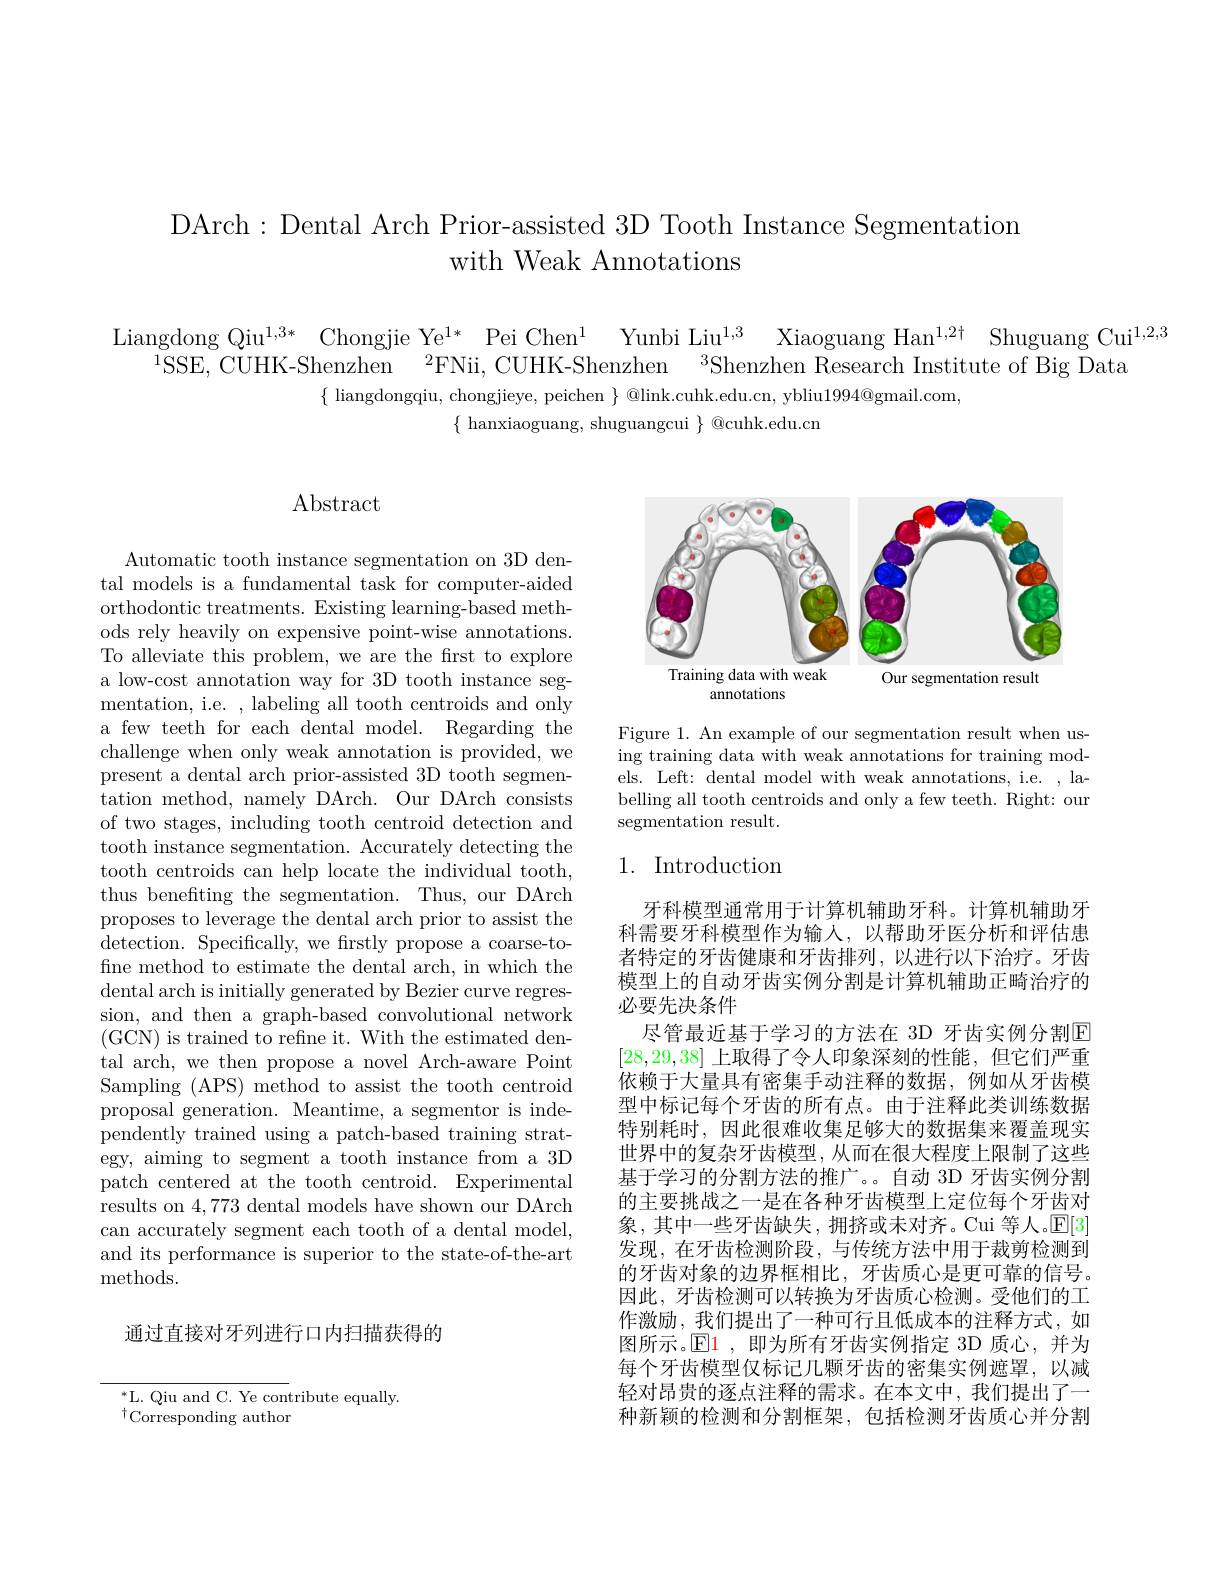
DArch: Dental Arch Prior-assisted 3D Tooth Instance Segmentation
with Weak Annotations

Liangdong Qiu$^{1,3*}$ Chongjie Ye$^{1*}$ Pei Chen$^1$ Yunbi Liu$^{1,3}$ Xiaoguang Han$^{1,2\dagger}$ Shuguang Cui$^{1,2,3}$
$^{1}$SSE, CUHK-Shenzhen $^2$FNii, CUHK-Shenzhen$^3$Shenzhen Research Institute of Big Data
$\{\begin{array}{c}{\text{liangdongqiu, chongjieye, peichen }}\\\end{array}\}\begin{array}{c}{\text{@link.cuhk.edu.cn, ybliu}1994@\mathrm{gmail.com}}\\\end{array}$
$\{$ hanxiaoguang, shuguangcui $\}$ @cuhk.edu.cn

# $\operatorname{Abstract}$

Automatic tooth instance segmentation on 3D dental models is a fundamental task for computer-aided orthodontic treatments. Existing learning-based methods rely heavily on expensive point-wise annotations. To alleviate this problem, we are the frst to explore a low-cost annotation way for 3D tooth instance segmentation, i.e. , labeling all tooth centroids and only a few teeth for each dental model. Regarding the challenge when only weak annotation is provided, we present a dental arch prior-assisted 3D tooth segmentation method, namely DArch. Our DArch consists of two stages, including tooth centroid detection and tooth instance segmentation. Accurately detecting the tooth centroids can help locate the individual tooth, thus benefiting the segmentation. Thus, our DArch proposes to leverage the dental arch prior to assist the detection. Specifically, we frstly propose a coarse- to- fine method to estimate the dental arch, in which the dental arch is initially generated by Bezier curve regression, and then a graph-based convolutional network ( GCN) is trained to refine it. With the estimated den- tal arch, we then propose a novel Arch-aware Point Sampling (APS) method to assist the tooth centroid proposal generation. Meantime, a segmentor is independently trained using a patch-based training strategy, aiming to segment a tooth instance from a 3D patch centered at the tooth centroid. Experimental results on 4,773 dental models have shown our DArch can accurately segment each tooth of a dental model, and its performance is superior to the state-of-the-art methods.

通过直接对牙列进行口内扫描获得的

$^{*}$L. Qiu and C. Ye contribute equally.
$^{\dagger}$Corresponding author

<FigureHere>

Figure 1. An example of our segmentation result when using training data with weak annotations for training models. Left: dental model with weak annotations, i.e. , labelling all tooth centroids and only a few teeth. Right: our segmentation result.

# 1. Introduction

牙科模型通常用于计算机辅助牙科。计算机辅助牙科需要牙科模型作为输人，以帮助牙医分析和评估患者特定的牙齿健康和牙齿排列，以进行以下治疗。牙齿模型上的自动牙齿实例分割是计算机辅助正畸治疗的必要先决条件
尽管最近基于学习的方法在 3D 牙齿实例分割$\mathbb{E}$ [28,29,38]上取得了令人印象深刻的性能，但它们严重依赖于大量具有密集手动注释的数据，例如从牙齿模型中标记每个牙齿的所有点。由于注释此类训练数据特别耗时，因此很难收集足够大的数据集来覆盖现实世界中的复杂牙齿模型，从而在很大程度上限制了这些基于学习的分割方法的推广。。自动 3D 牙齿实例分割的主要挑战之一是在各种牙齿模型上定位每个牙齿对象，其中一些牙齿缺失，拥挤或未对齐。Cui 等人。$\mathbb{E}[3]$ 发现，在牙齿检测阶段，与传统方法中用于裁剪检测到的牙齿对象的边界框相比，牙齿质心是更可靠的信号。因此，牙齿检测可以转换为牙齿质心检测。受他们的工作激励，我们提出了一种可行且低成本的注释方式，如图所示。$\operatorname{El}$ ,即为所有牙齿实例指定 3D 质心，并为每个牙齿模型仅标记几颗牙齿的密集实例遮罩，以减轻对昂贵的逐点注释的需求。在本文中，我们提出了一种新颖的检测和分割框架，包括检测牙齿质心并分割